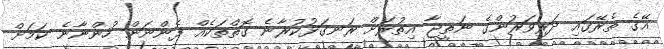
އޭގެ ތެރޭގައި ދަރިވަރުންގެ ނަތީޖާ އިތުރަށް ރަނގަޅުކުރާނެ ގޮތްތަކެއް ފެންނަން ހުންނާނެ ކަމަށް